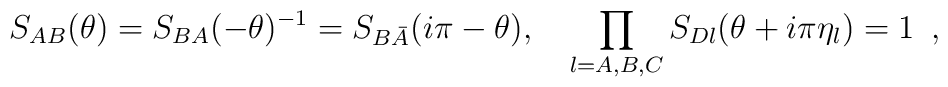
S_{AB}(\theta )=S_{BA}(-\theta )^{-1}=S_{B\bar{A}}(i\pi -\theta ),\quad\prod_{l=A,B,C}S_{Dl}(\theta +i\pi \eta _{l})=1\,\,\,,